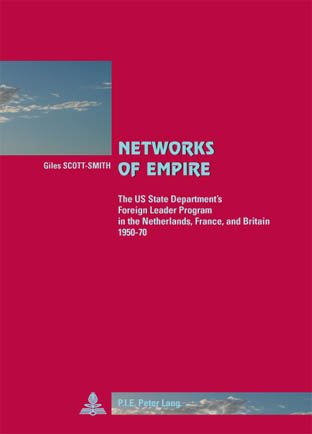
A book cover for Networks of Empire: The US State Department's Foreign Leader Program in the Netherlands, France and Britain 1950-1970 (Cite Europeenne/ European Policy); Giles Scott-Smith; History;